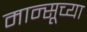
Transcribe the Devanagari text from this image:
मान्सूच्या